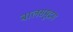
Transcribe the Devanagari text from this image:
बालसमुद्रम